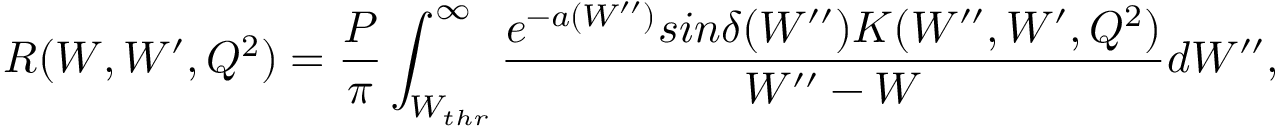
R ( W , W ^ { \prime } , Q ^ { 2 } ) = \frac { P } { \pi } \int _ { W _ { t h r } } ^ { \infty } \frac { e ^ { - a ( W ^ { \prime \prime } ) } s i n \delta ( W ^ { \prime \prime } ) K ( W ^ { \prime \prime } , W ^ { \prime } , Q ^ { 2 } ) } { W ^ { \prime \prime } - W } d W ^ { \prime \prime } ,